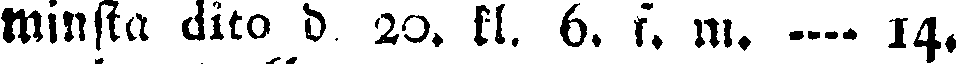
Minska dito d 20. kl. 6. f. m. ---- 14.